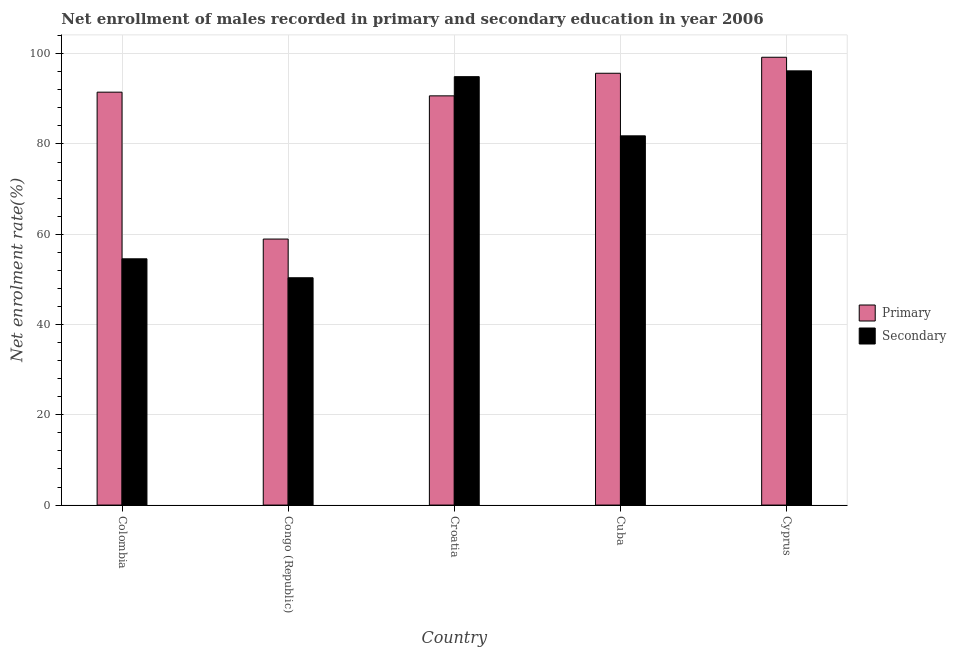
| Country | Primary | Secondary |
 | --- | --- | --- |
 | Colombia | 91.5 | 54.6 |
 | Congo (Republic) | 58.9 | 50.4 |
 | Croatia | 90.7 | 94.9 |
 | Cuba | 95.7 | 81.8 |
 | Cyprus | 99.2 | 96.2 |